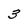
Character: 3